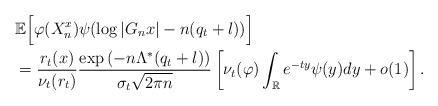
LaTeX: \begin{align*} & \mathbb{E} \Big[ \varphi(X_n^x) \psi( \log|G_n x| - n( q_t + l )) \Big] \\& = \frac{r_t(x)}{ \nu_t(r_t) } \frac{ \exp \left( -n \Lambda^*(q_t + l) \right) }{\sigma_t \sqrt{2\pi n} } \left[ \nu_t(\varphi) \int_{\mathbb{R}} e^{-ty} \psi(y) dy + o(1) \right]. \end{align*}